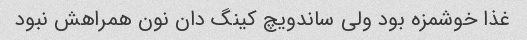
غذا خوشمزه بود ولی ساندویچ کینگ دان نون همراهش نبود